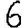
Digit: 6